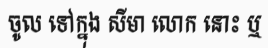
ចូល ទៅក្នុង សីមា លោក នោះ ឬ